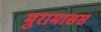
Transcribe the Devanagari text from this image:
मुरामासस